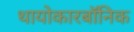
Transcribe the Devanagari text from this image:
थायोकारबॉनिक